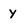
Character: y